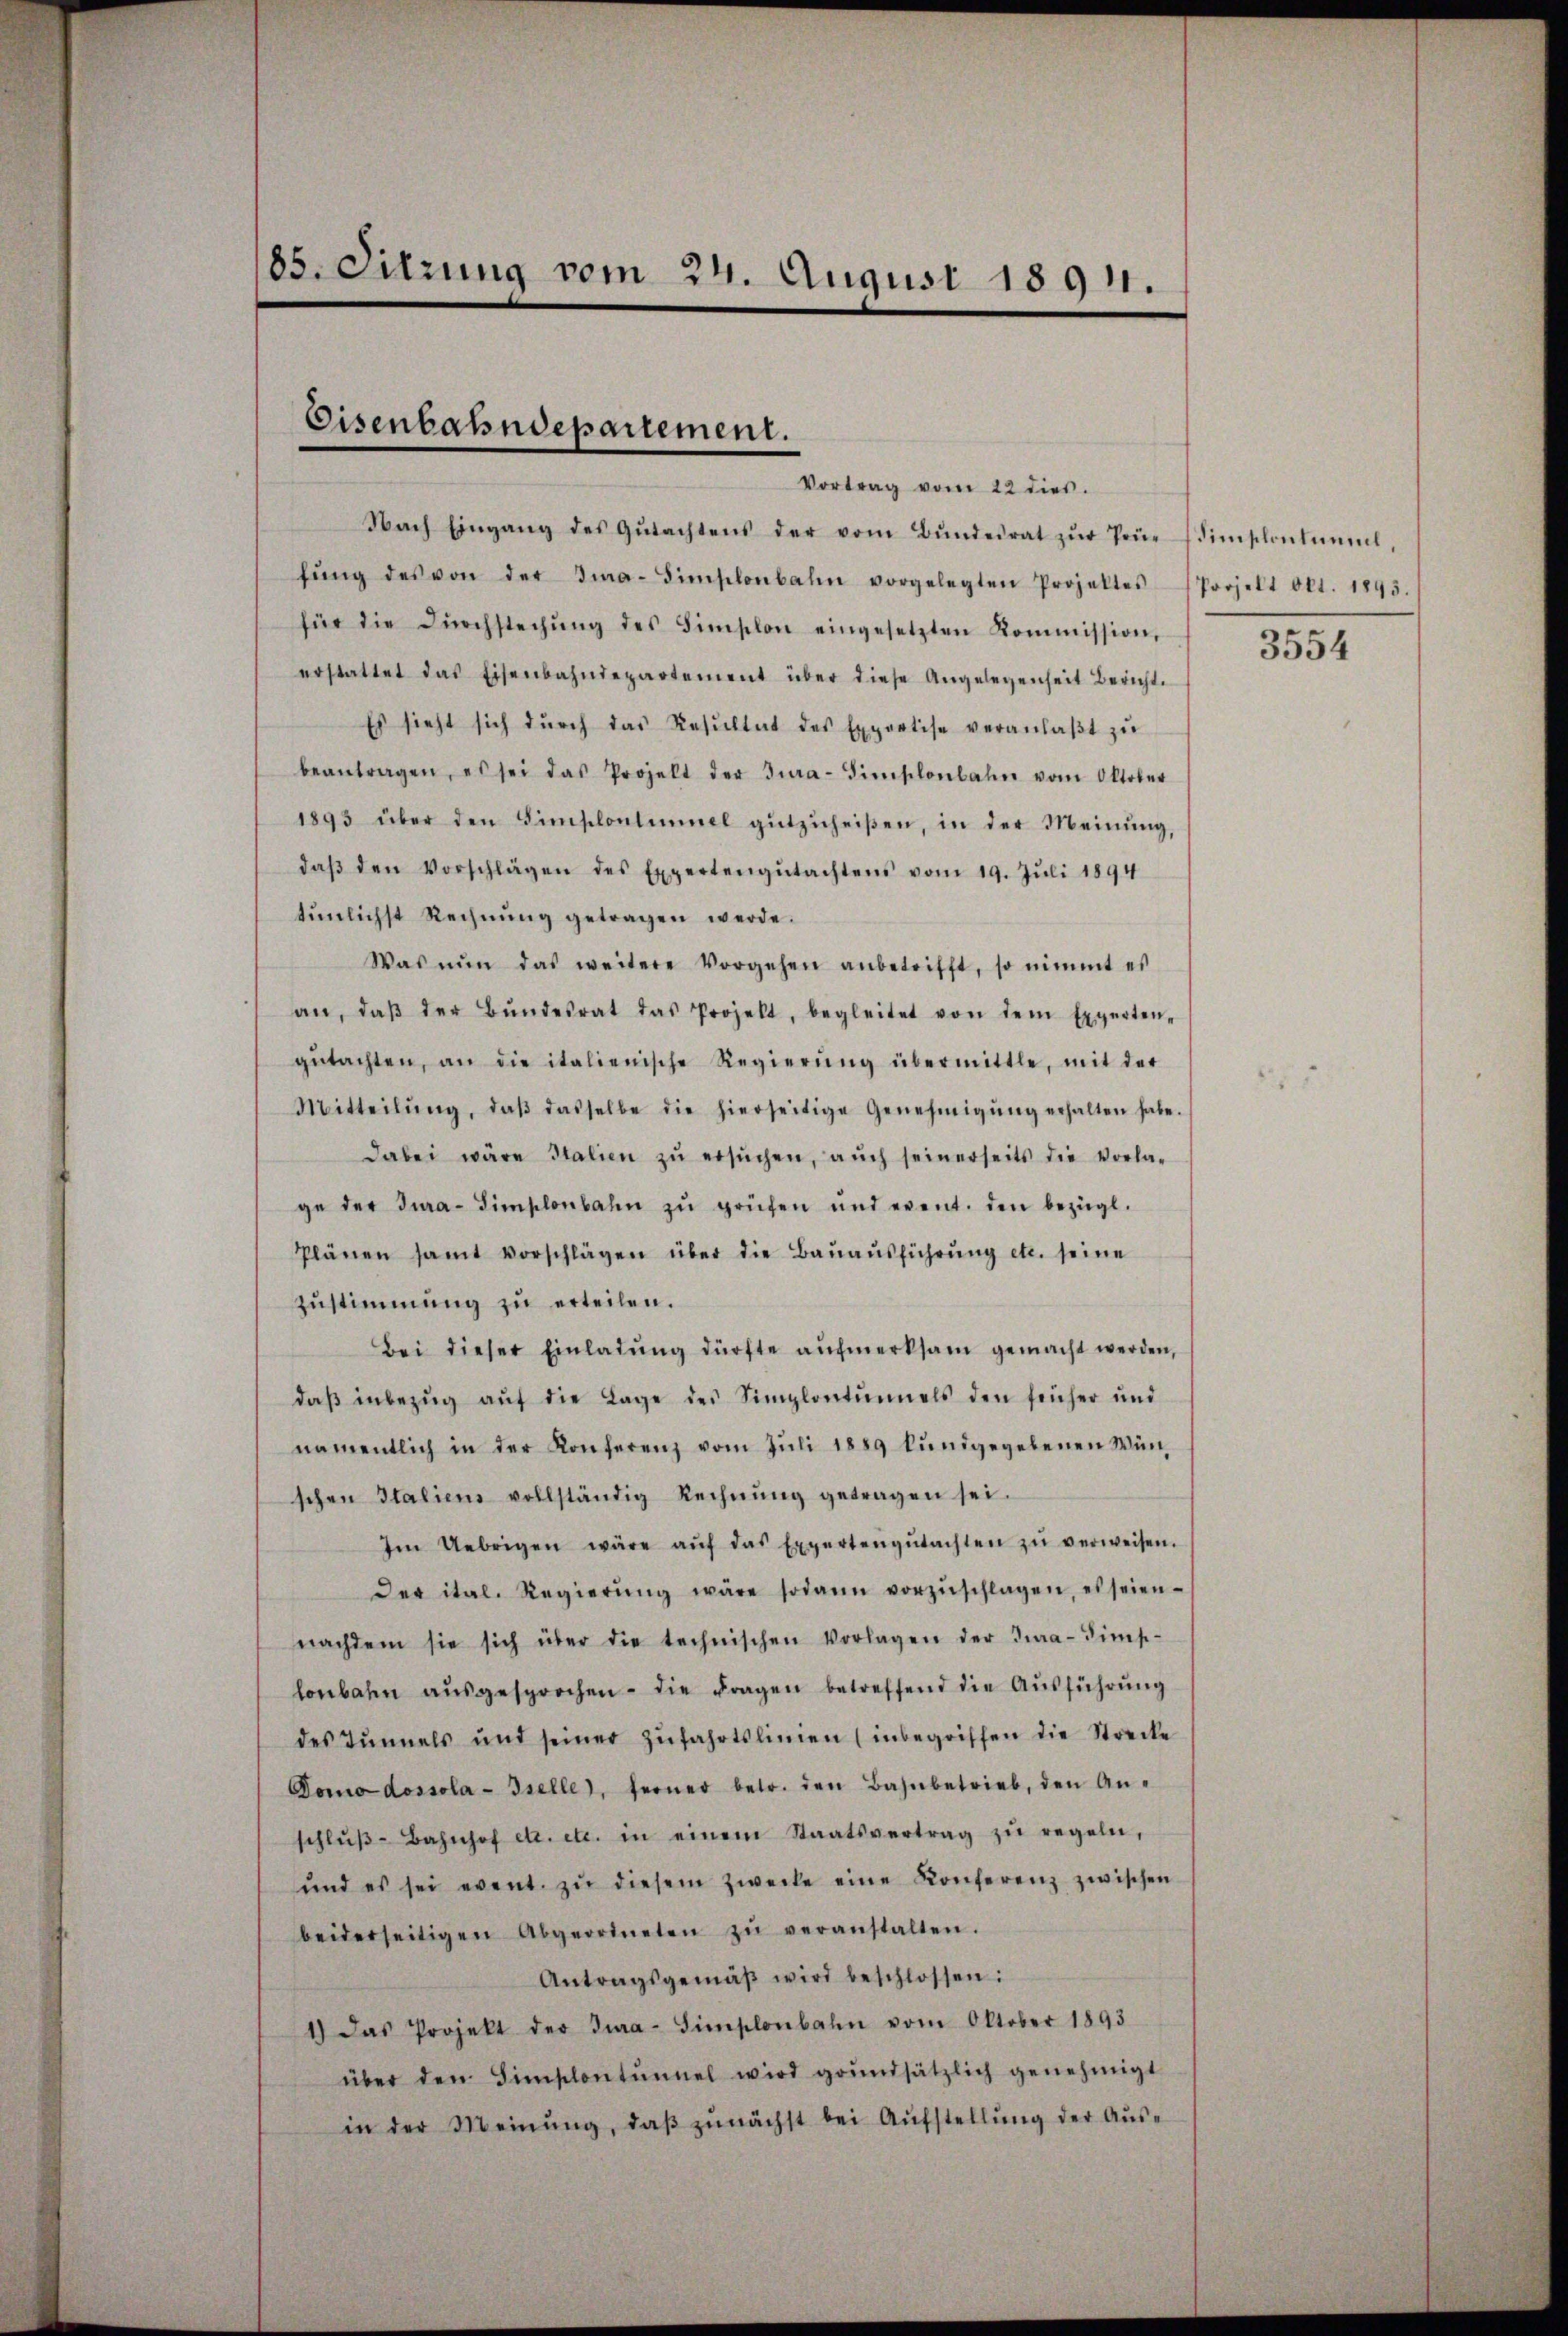
185. Sitzung vom 24. August 1891.

Eisenbahndepartement.
Vortrag vom 22 dies

Nach Eingang des Gŭtachtens der vom Bŭndesrat zŭr Prüe simplontanal,
fŭng des von der Ima-Simplonbahn vorgelegten Projektes Porzelt Okt. 1895.
für die Dŭrchstechŭng des Simplon eingesetzten Kommission,
erstattet das Eisenbahndepartement über diese Angelegenheit Bericht.
Es sieht sich dŭrch das Resŭltat des Exportise veranlaβt zŭ
beantragen, es sei das Projekt der Jura-Simschenbahn vom Oktober
1893 über den Simplontaniel gŭtzŭheiβen, in der Meinŭng,
daβ den Vorschlägen des Expertengŭtachtens vom 19. Jŭli 1894
tunlichst Rechnung getragen werde.
Was nŭn das weitere Vorgehen anbetrifft, so nimmt es
an, daβ der Bŭndesrat das Projekt, begleitet von dem Experten-
gŭtachten, an die italienische Regierŭng übermittle, mit der
Mitteilŭng, daβ dasselbe die hierseitige Genehmigŭng erhalten habe.
dabei wäre Italien zŭ ersŭchen, auch seinerseits die Vorlage der Jura-Simplonbahn zŭ prüfen und event. den bezügl.
Plänen samt vorschlägen über die Bauausführung etc. seine
zustimmung zu erteilen.
Bei dieser Einladŭng dürfte aŭfmerksam gemacht werden,
daβ inbezŭg aŭf die Lage des Simplontŭnels den früher und
namentlich in der Konferenz vom Juli 1889 kundgegebenen Wünschen Italiens vollständig Rechnŭng getragen sei.
Im Uebrigen wäre aŭf das Expertengŭtachten zŭ verweisen.
Der ital. Regierŭng wäre sodann vorzŭschlagen, es seien-
nachdem sie sich über die technischen Vorlagen der Jura-Sims-
lonbahn aŭsgesprochen die Fragen betreffend die Aŭsführŭng
des Tŭnnels und seiner Zŭfahrtslinien (inbegriffen die Strecke
Domodossola-Iselle, ferner betr. den Bahnbetrieb, den An-
schlŭβ-Bahnhof etc. etc. in einem Staatsvertrag zŭ regeln,
und es sei event. zŭ diesem Zwecke eine Konferenz zwischen
beiderseitigen Abgeordneten zŭ veranstalten.
Antragsgemäβ wird beschlossen:
1.) Das Projekt der Jura-Simplonbahn vom Oktober 1893
über den Simplontŭnnel wird grundsätzlich genehmigt
in der Meinŭng, daβ zŭnächst bei Aŭfstellŭng der Aŭs-

3554